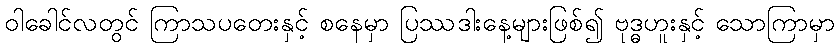
ဝါခေါင်လတွင် ကြာသပတေးနှင့် စနေမှာ ပြဿဒါးနေ့များဖြစ်၍ ဗုဒ္ဓဟူးနှင့် သောကြာမှာ